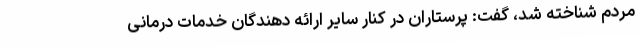
مردم شناخته شد، گفت: پرستاران در کنار سایر ارائه دهندگان خدمات درمانی